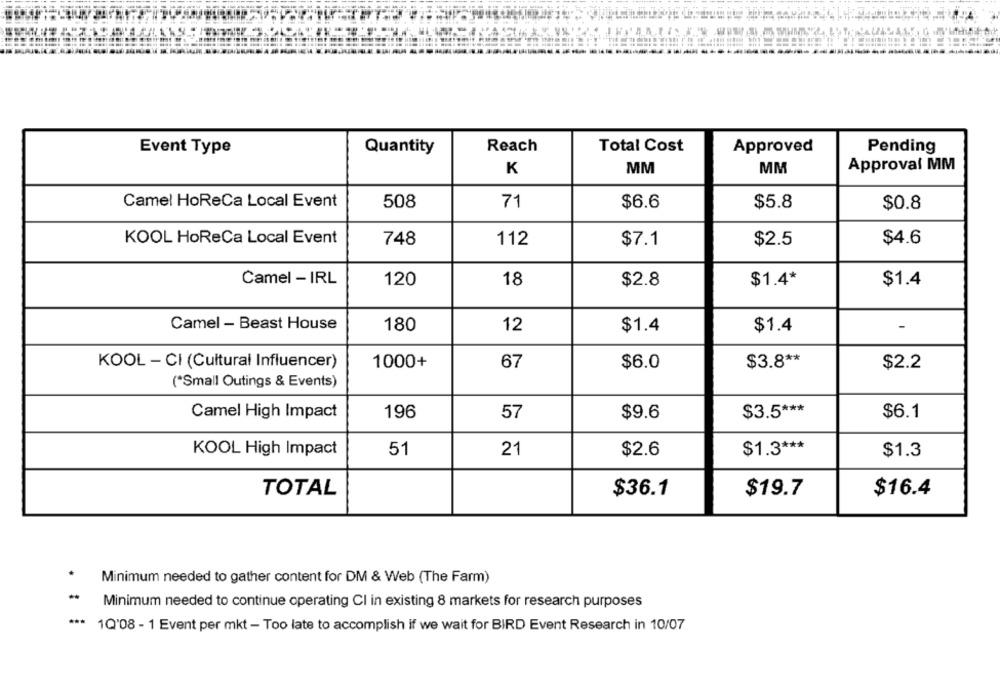
Event Type
Quantity
Reach
Total Cost
Approved
Pending
K
MM
MM
Approval MM
Camel HoReCa Local Event
508
71
$6.6
$5.8
$0.8
KOOL HoReCa Local Event
748
112
$7.1
$2.5
$4.6
Camel - IRL
120
18
$2.8
$1.4*
$1.4
Camel - Beast House
180
12
$1.4
$1.4
KOOL - CI (Cultural Influencer)
1000+
67
$6.0
$3.8 **
$2.2
(*Small Outings & Events)
Camel High Impact
196
57
$9.6
$3.5 ***
$6.1
51
$1.3 ***
KOOL High Impact
21
$2.6
$1.3
TOTAL
$36.1
$19.7
$16.4
Minimum needed to gather content for DM & Web (The Farm)
Minimum needed to continue operating CI in existing 8 markets for research purposes
1Q'08 - 1 Event per mkt - Too late to accomplish if we wait for BIRD Event Research in 10/07